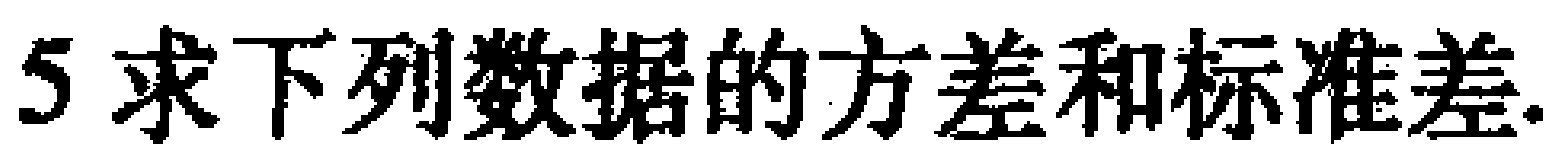
5 求下列数据的方差和标准差.